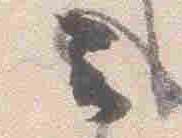
云